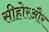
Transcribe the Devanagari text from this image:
सीहोरऔर